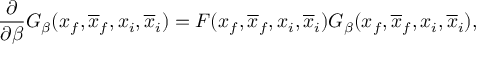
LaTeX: \frac { \partial } { \partial \beta } G _ { \beta } ( x _ { f } , \overline { { { x } } } _ { f } , x _ { i } , \overline { { { x } } } _ { i } ) = F ( x _ { f } , \overline { { { x } } } _ { f } , x _ { i } , \overline { { { x } } } _ { i } ) G _ { \beta } ( x _ { f } , \overline { { { x } } } _ { f } , x _ { i } , \overline { { { x } } } _ { i } ) ,